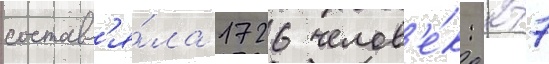
составл'я́ла 1726 челов'е́к: 277